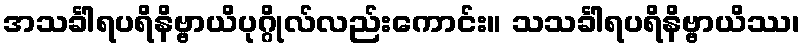
အသင်္ခါရပရိနိဗ္ဗာယိပုဂ္ဂိုလ်လည်းကောင်း။ သသင်္ခါရပရိနိဗ္ဗာယိဿ၊